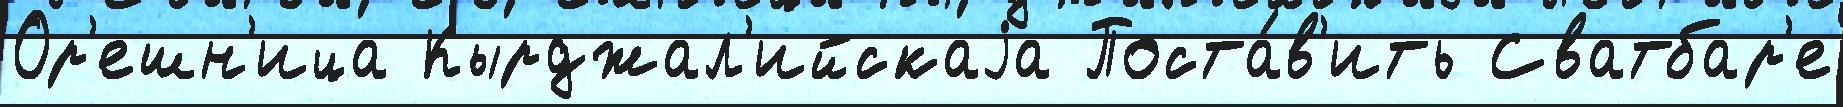
Ор'ешн'ица Кырджал'ийскаjа Поста́в'ить Сватбар'е